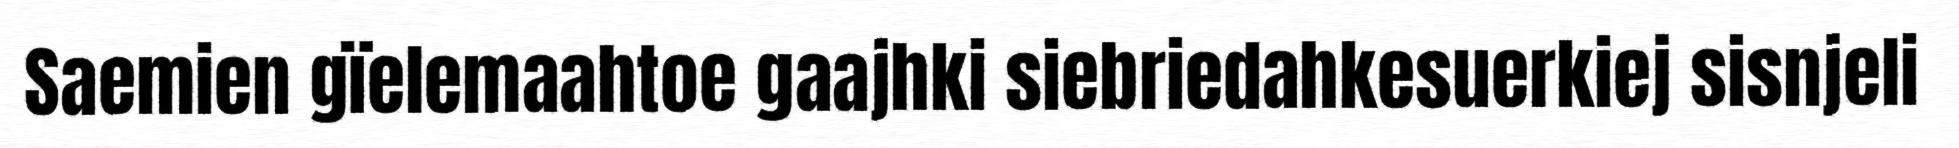
Saemien gïelemaahtoe gaajhki siebriedahkesuerkiej sisnjeli